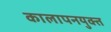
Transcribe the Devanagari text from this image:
कालापनयुक्त